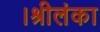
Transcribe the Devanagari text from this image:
।श्रीलंका